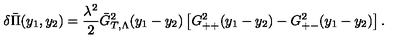
\delta \bar { \Pi } ( y _ { 1 } , y _ { 2 } ) = \frac { \lambda ^ { 2 } } 2 \bar { G } _ { T , \Lambda } ^ { 2 } ( y _ { 1 } - y _ { 2 } ) \left[ G _ { + + } ^ { 2 } ( y _ { 1 } - y _ { 2 } ) - G _ { + - } ^ { 2 } ( y _ { 1 } - y _ { 2 } ) \right] .